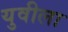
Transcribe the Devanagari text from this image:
युवीला